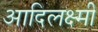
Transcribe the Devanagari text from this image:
आदिलक्ष्मी